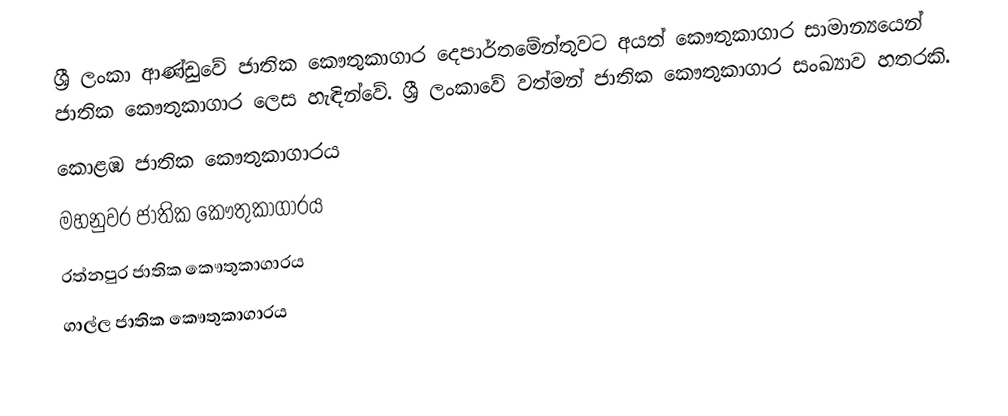
ශ්‍රී ලංකා ආණ්ඩුවේ ජාතික කෞතුකාගාර දෙපාර්තමේන්තුවට අයත් කෞතුකාගාර සාමාන්‍යයෙන් ජාතික කෞතුකාගාර ලෙස හැඳින්වේ. ශ්‍රී ලංකාවේ වත්මන් ජාතික කෞතුකාගාර සංඛ්‍යාව හතරකි.
කොළඹ ජාතික කෞතුකාගාරය
මහනුවර ජාතික කෞතුකාගාරය
රත්නපුර ජාතික කෞතුකාගාරය
ගාල්ල ජාතික කෞතුකාගාරය